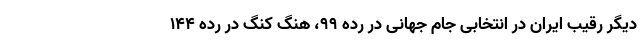
دیگر رقیب ایران در انتخابی جام جهانی در رده ۹۹، هنگ کنگ در رده ۱۴۴